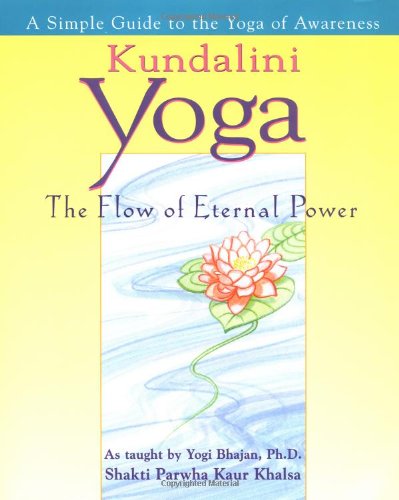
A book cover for Kundalini Yoga; Shakti Parwha Kaur Khalsa; Religion & Spirituality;